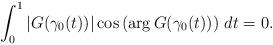
LaTeX: \begin{align*}\int_{0}^1 |G(\gamma_0(t))|\cos\left(\arg G(\gamma_0(t)) \right) \, dt = 0. \end{align*}